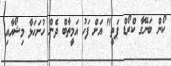
ކޯން ބަނޭގާ ކްރޯޑް ޕަތީ" އަށް ފަހު އަމީތާބް ދެން ހުށަހަޅާ މިޝޯއާއި